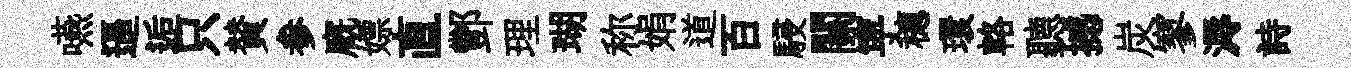
嚥逼逅只賛参廐嫖直酆理瑚称娟道百駸關寜穂環輅聽撼炭寥溽詩